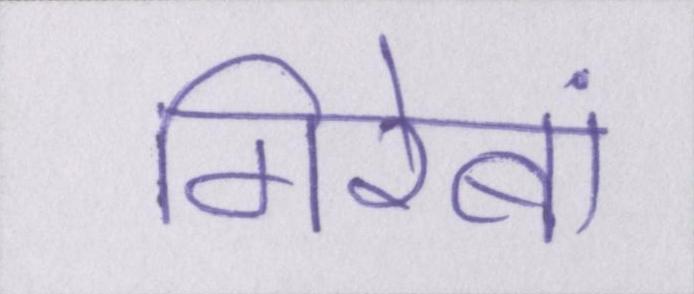
गिरेबां